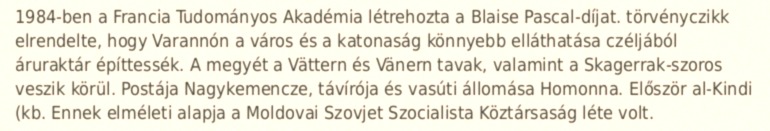
1984-ben a Francia Tudományos Akadémia létrehozta a Blaise Pascal-díjat. törvényczikk elrendelte, hogy Varannón a város és a katonaság könnyebb elláthatása czéljából áruraktár építtessék. A megyét a Vättern és Vänern tavak, valamint a Skagerrak-szoros veszik körül. Postája Nagykemencze, távírója és vasúti állomása Homonna. Először al-Kindi (kb. Ennek elméleti alapja a Moldovai Szovjet Szocialista Köztársaság léte volt.